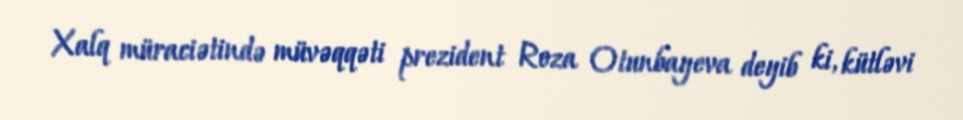
Xalq müraciətində müvəqqəti prezident Roza Otunbayeva deyib ki, kütləvi